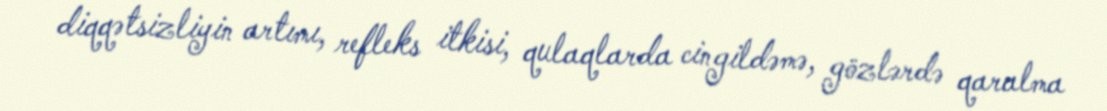
diqqətsizliyin artımı, refleks itkisi, qulaqlarda cingildəmə, gözlərdə qaralma